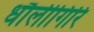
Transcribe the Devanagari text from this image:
धौलीगिरि